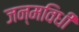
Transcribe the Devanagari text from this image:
जन्मविधी